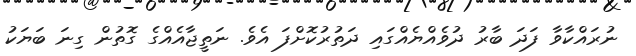
ނުރައްކާވާ ފަދަ ބާރު ދުވެއްޔެއްގައި ދަތުރުކޮށްފަ އެވެ. ނަތީޖާއެއްގެ ގޮތުން ގިނަ ބަޔަކު